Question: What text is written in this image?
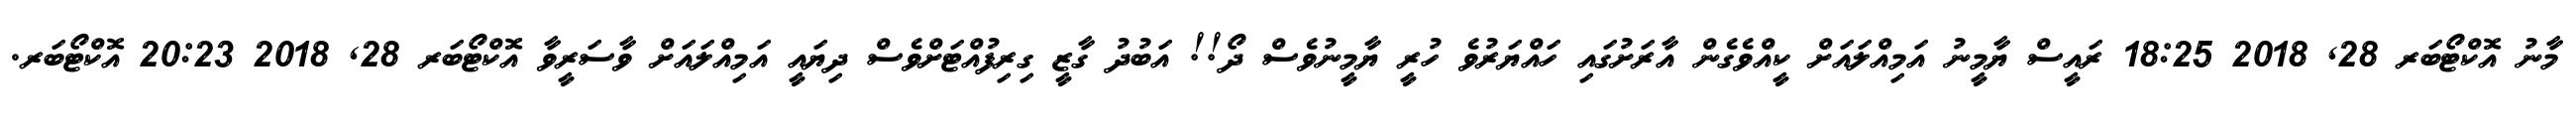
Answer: މާނު އޮކްޓޯބަރ 28, 2018 18:25 ރައީސް ޔާމީނު އަމިއްލައަށް ކީއްވެގެން އާރަށުގައި ހައްޔަރުވެ ހުރީ ޔާމީނުވެސް ދޯ!! އަބުދު ގާޒީ ގިރިފުއްޓަށްވެސް ދިޔައީ އަމިއްލައަށް ވާސަރީވާ އޮކްޓޯބަރ 28, 2018 20:23 އޮކްޓޯބަރ.